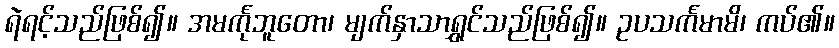
ရဲရင့်သည်ဖြစ်၍။ အမင်္ကုဘူတော၊ မျက်နှာသာရွှင်သည်ဖြစ်၍။ ဥပသင်္ကမာမိ၊ ကပ်၏။